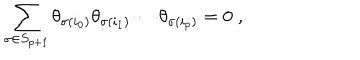
\sum _ { \sigma \in S _ { p + 1 } } \theta _ { \sigma ( i _ { 0 } ) } \theta _ { \sigma ( i _ { 1 } ) } \cdots \theta _ { \sigma ( i _ { p } ) } = 0 \; ,